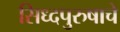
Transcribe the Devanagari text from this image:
सिध्दपुरुषाचे